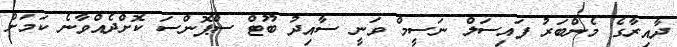
ދާއިރާގެ މެންބަރު ފައިސަލް ނަސީމް ވަނީ ސާއިދު ބޫޓް ސްޕޮންސަ ކޮށްދެއްވާނެ ކަމަށް